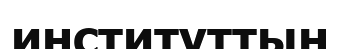
институттын